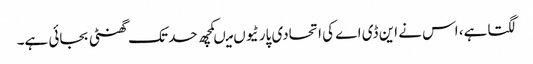
لگتا ہے، اس نے این ڈی اے کی اتحادی پارٹیوں میںکچھ حد تک گھنٹی بجائی ہے۔